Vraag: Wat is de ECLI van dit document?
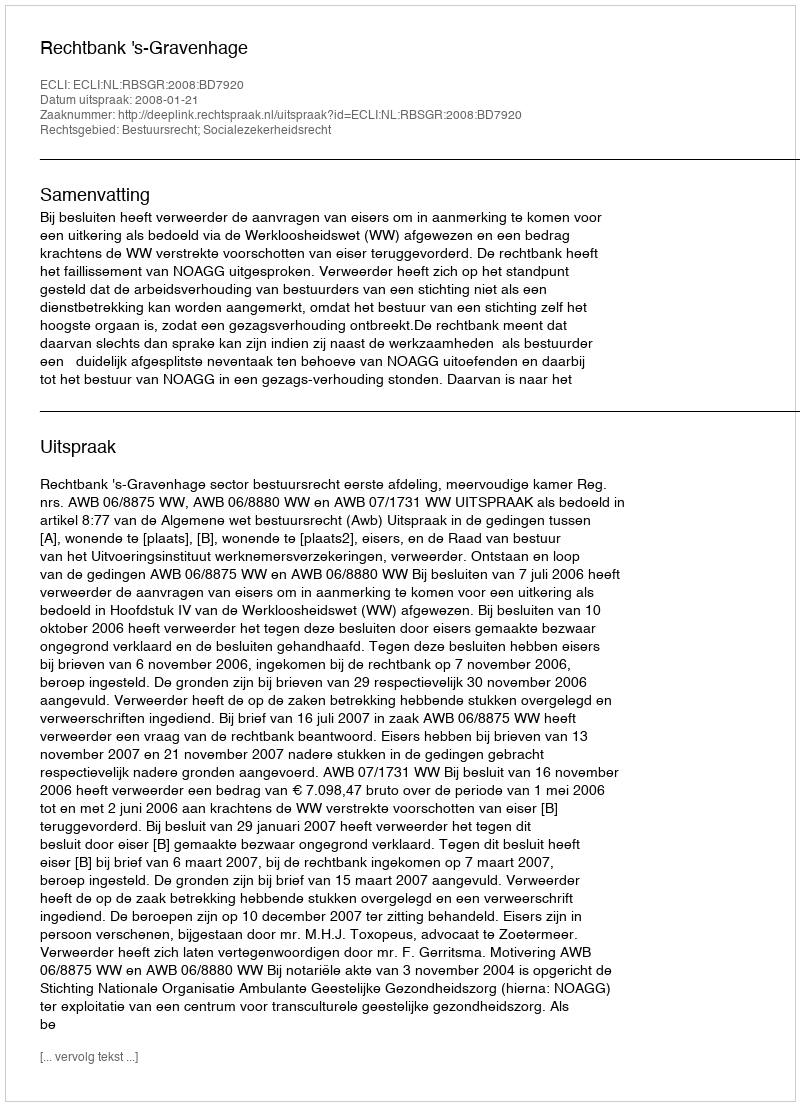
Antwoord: ECLI:NL:RBSGR:2008:BD7920